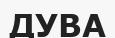
ДУВА